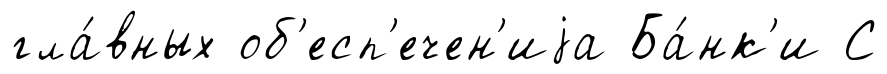
гла́вных об'есп'ечен'иjа Ба́нк'и С